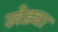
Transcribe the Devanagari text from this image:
खेड्या